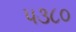
૫૩૮૦